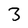
Character: 3